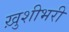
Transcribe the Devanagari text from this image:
ख़ुशीभरी